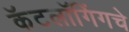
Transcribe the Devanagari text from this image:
कॅटलॉगिंगचे